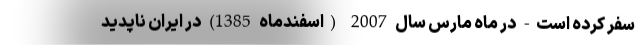
سفر کرده است- در ماه مارس سال 2007 (اسفندماه 1385) در ایران ناپدید